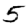
Digit: 5